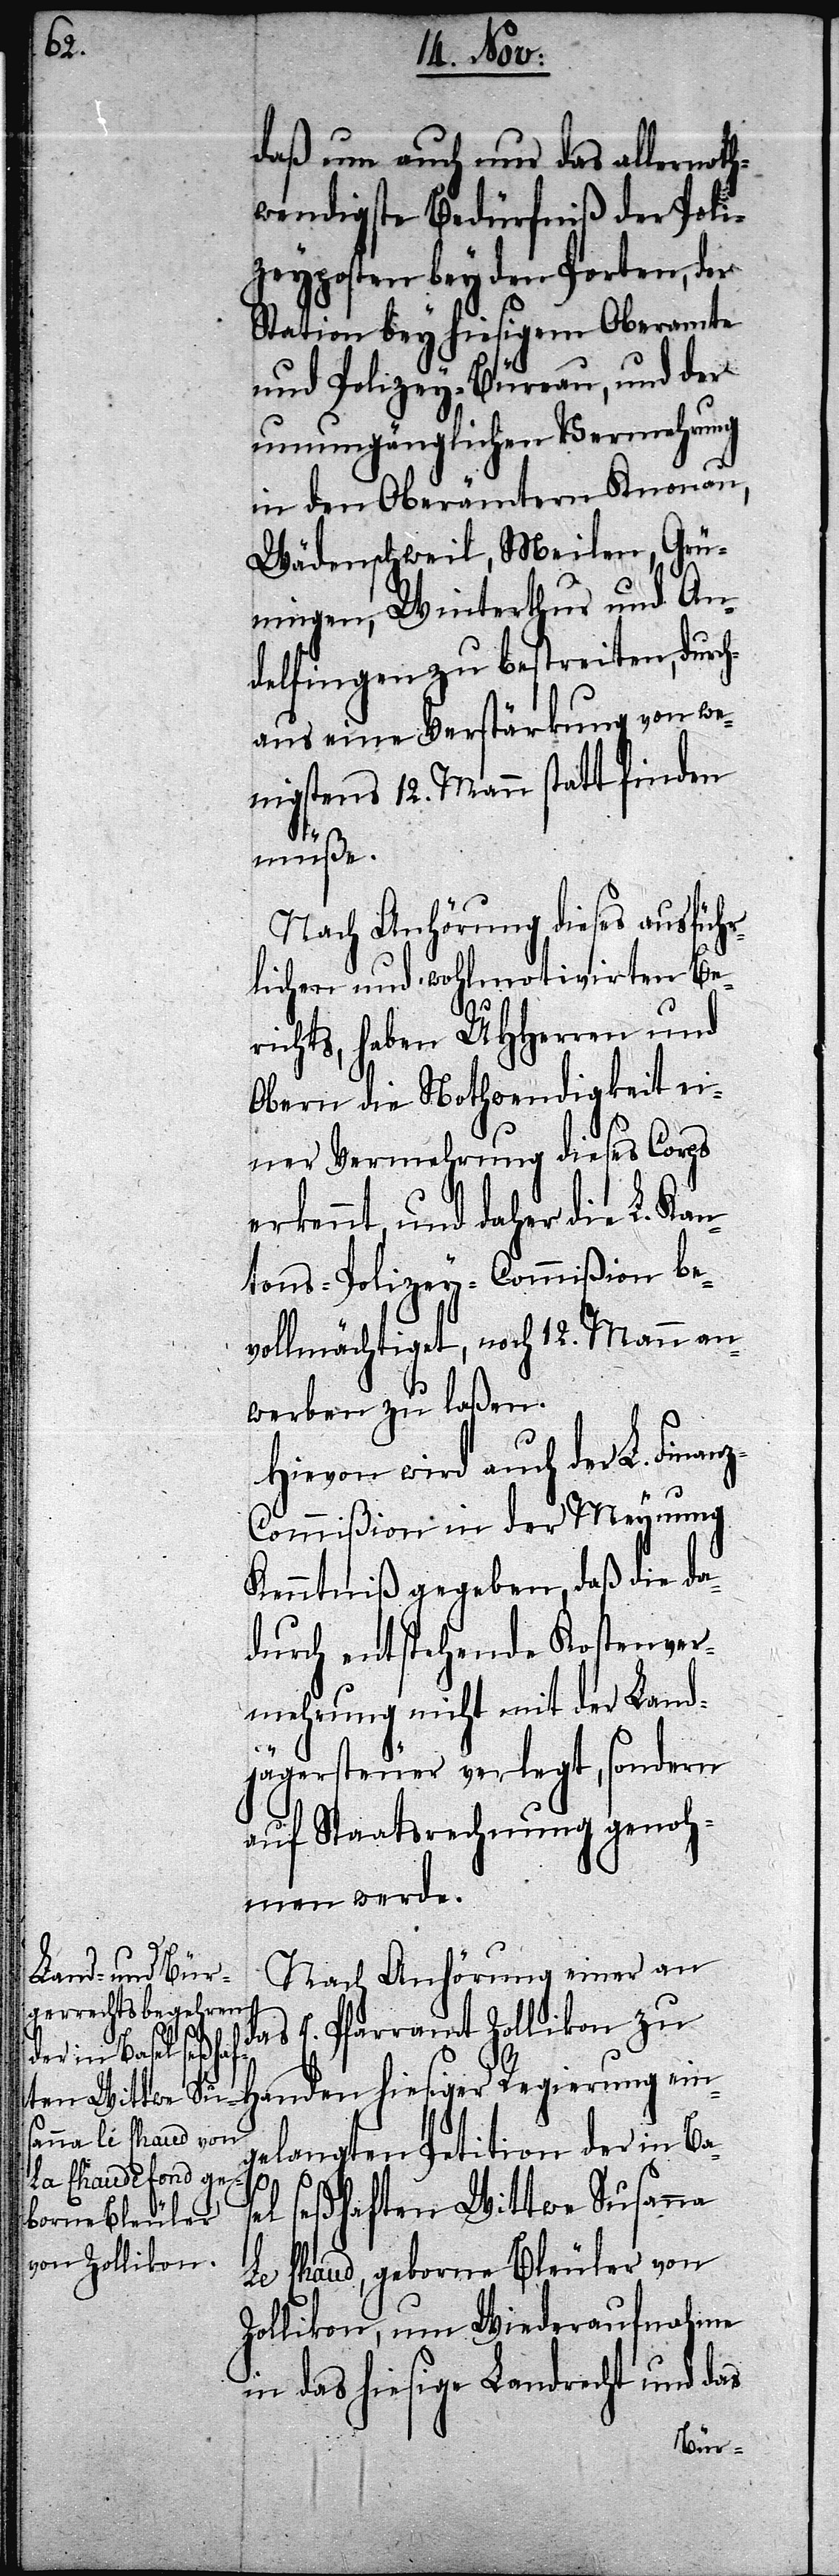
daß um auch nur das allernoth¬
wendigste Bedürfniß der Poli¬
zeyposten bey den Porten, der
Station bey hiesigem Oberamte
und Polizey-Büreau, und der
unumgänglichen Vermehrung
in den Oberämtern Knonau,
Wädenschweil, Meilen, Grü¬
ningen, Winterthur und An¬
delfingen zu bestreiten, durc¬
haus eine Verstärkung von we¬
nigstens 12. Mann statt finden
müße.
Nach Anhörung dieses ausführ¬
lichen und wohlmotivirten Ber¬
ichts, haben UHHerren und
Obern die Nothwendigkeit ei¬
ner Vermehrung dieses Corps
erkennt, und daher die L. Kan¬
tons-Polizey-Commißion be¬
vollmächtiget, noch 12. Mann an¬
werben zu laßen.
Hievon wird auch der L. Finan¬
z-Commißion in der Meynung
Kenntniß gegeben, daß die da¬
durch entstehende Kostenver¬
mehrung nicht mit der Land¬
jägersteuer verlegt, sondern
auf Staatsrechnung genoh¬
men werde.
Nach Anhörung einer an
das E. Pfarramt Zollikon zu
Handen hiesiger Regierung ein¬
gelangten Petition der in Bas¬
el seßhaften Wittwe Susanna
Le Chaud, geborne Bleuler von
Zollikon, um Wiederaufnahme
in das hiesige Landrecht und das